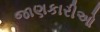
જાણકારીઓ